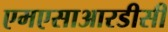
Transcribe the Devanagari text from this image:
एमएसाआरडीसी